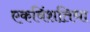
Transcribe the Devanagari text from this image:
एकविंशतिधा